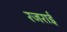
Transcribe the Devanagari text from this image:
रजराई